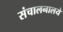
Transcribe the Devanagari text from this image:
संचालनालये